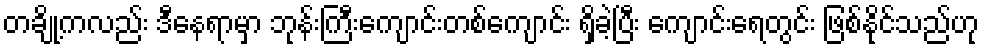
တချို့ကလည်း ဒီနေရာမှာ ဘုန်းကြီးကျောင်းတစ်ကျောင်း ရှိခဲ့ပြီး ကျောင်းရေတွင်း ဖြစ်နိုင်သည်ဟု